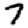
Digit: 7